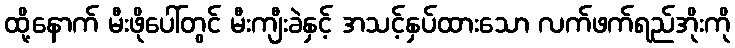
ထို့နောက် မီးဖိုပေါ်တွင် မီးကျီးခဲနှင့် အသင့်နှပ်ထားသော လက်ဖက်ရည်အိုးကို